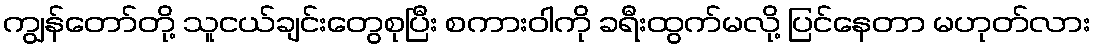
ကျွန်တော်တို့ သူငယ်ချင်းတွေစုပြီး စကားဝါကို ခရီးထွက်မလို့ ပြင်နေတာ မဟုတ်လား